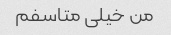
من خیلی متاسفم